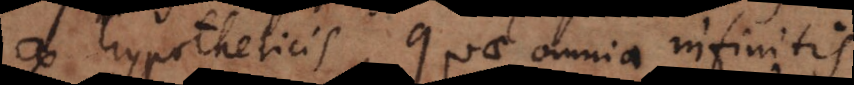
ex hypotheticis, quae omnia infinitis